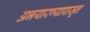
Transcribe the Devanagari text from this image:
अभयारण्यापासून